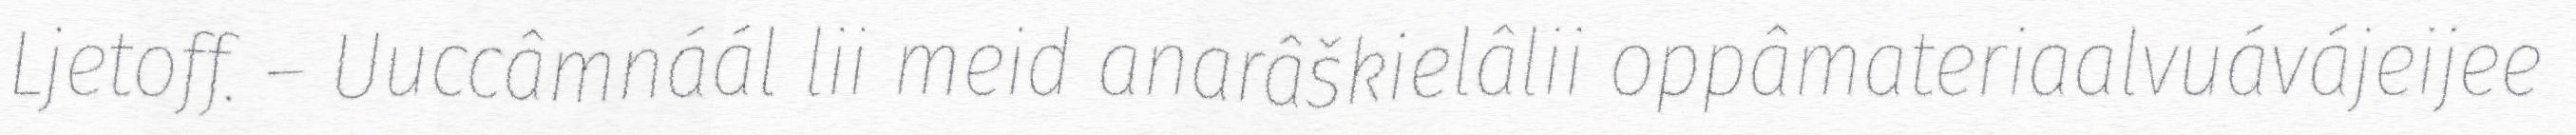
Ljetoff. – Uuccâmnáál lii meid anarâškielâlii oppâmateriaalvuávájeijee